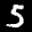
Label: 5